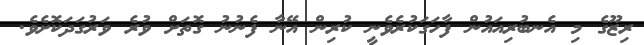
ރިޒޫގެ މި އެނބުރިއައުން ފާހަގަކުރެވެނީ ކުރިން އޭނާ ފެނުނު ގޮތަށް ވުރެ ވަރުގަދަކޮށެވެ.